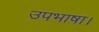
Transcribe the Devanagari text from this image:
उपभाषा।